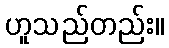
ဟူသည်တည်း။